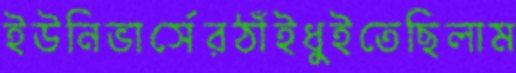
ইউনিভার্সেরঠাঁইধুইতেছিলাম